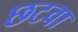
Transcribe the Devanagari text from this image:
छटवा